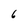
Character: 6